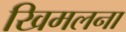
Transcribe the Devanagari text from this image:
खिमलना